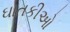
ઘાતકીઓ